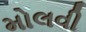
મોલવી